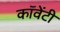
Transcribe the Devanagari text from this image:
कॉवेंटी